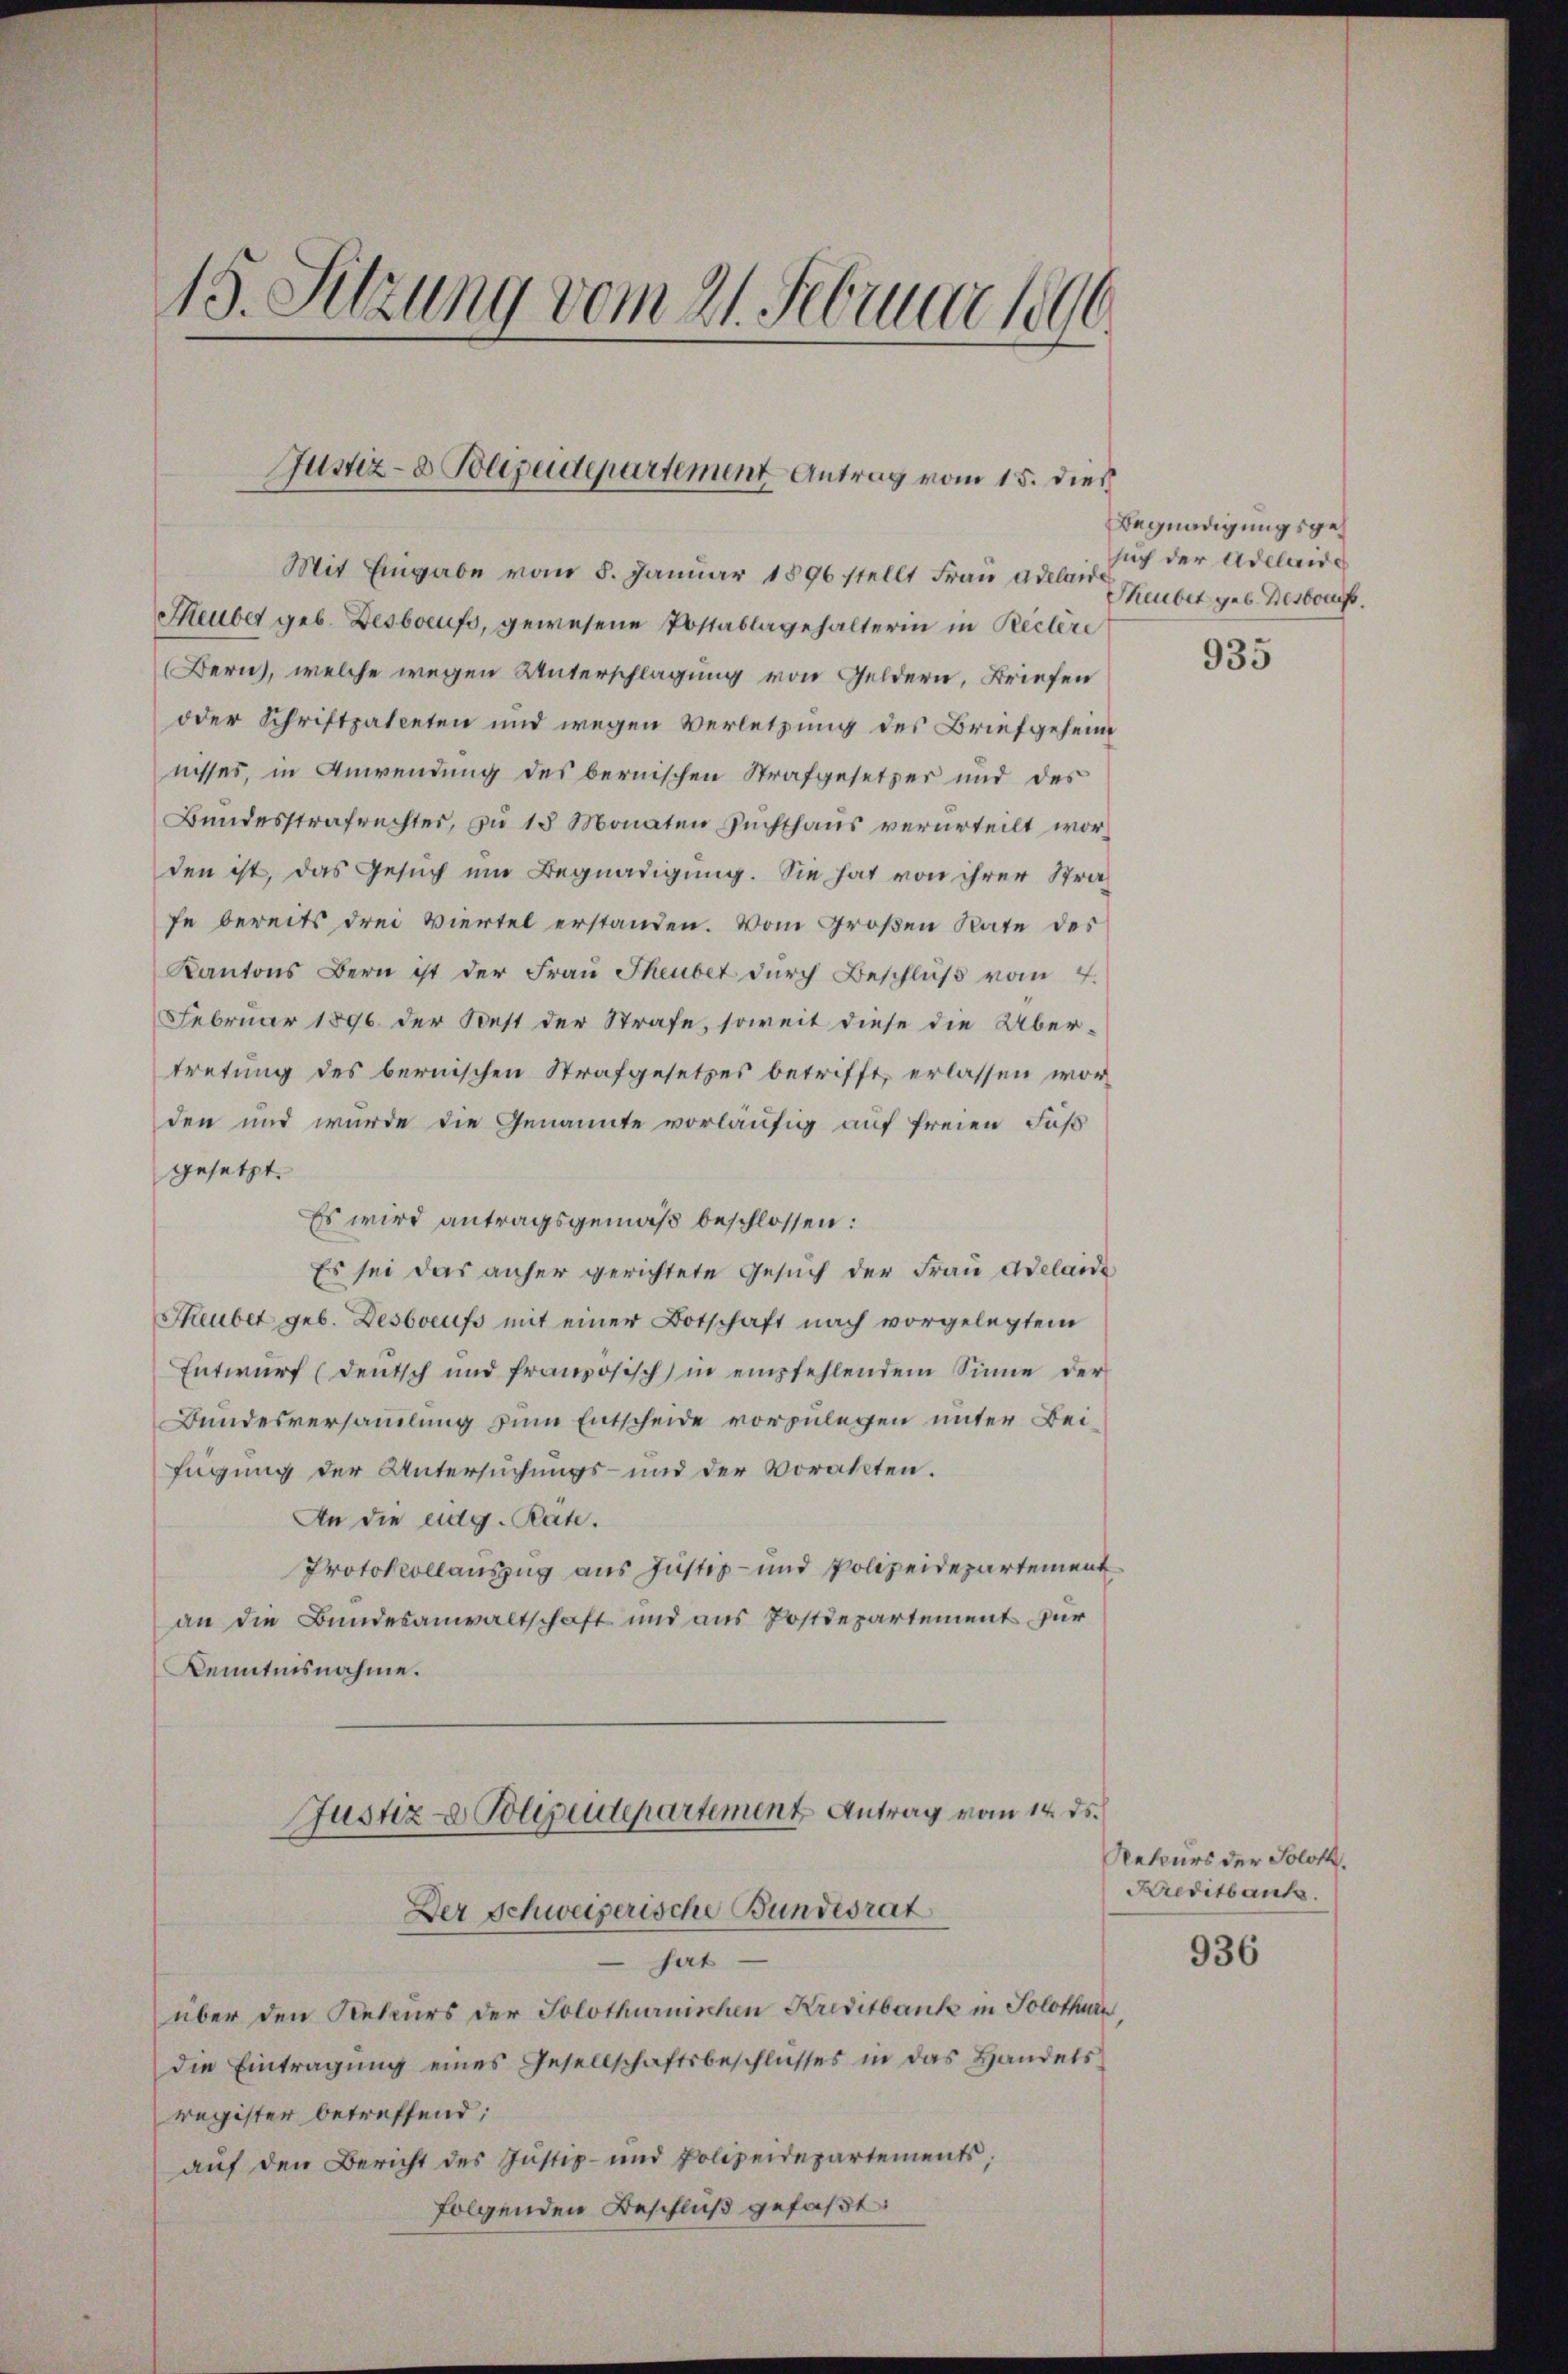
15. Sitzung vom 21. Februar 1890

Justiz- & Polizeidepartement Antrag vom 15. dieß

Mit Eingabe vom 8. Januar 1896 stellt Frau Adelis der Adelaide
Heuber geb. Desboeufs, gewesene Postablagehalterin in Rectire
Bern, welche wegen Unterschlagung von Geldern, Briefen
oder Schriftpatenten und wegen Verletzung des Briefgeheim
nisses, in Anwendung des bernischen Strafgesetzer und des
Bundesstrafrechter, zu 18 Monaten Zuchthaus verurteilt worden ist, das Gesuch ein Begnadigung. Sie hat von ihrer Strafe bereits drei Viertel erstanden. Vom Großen Rate des
Kantons Bern ist der Frau Theuber dŭrch Beschlŭβ vom 4.
Februar 1896 der Best der Strafe, soweit diese die Übertretung des bernischen Strafgesetzes betrifft, erlassen worden und wurde die Genannte vorläufig auf freien Fuß
gesetzt.
Es wird antragsgemäß beschlossen:
Es sei das anher gerichtete Gesuch der Frau Adelaide
Teubet geb. Desboeuss mit einer Botschaft nach vorgelegtem
Entwurf (deutsch und französisch) in empfehlendem Sinne der
Bundesversammlung zum Entscheide vorzulegen unter Beifügung der Untersuchungs- und der Vorakten.
An die eidg. Räte.
Protokollauszug aus Justiz- und Polizeidepartement
an die Bundesanwaltschaft und aus Postdepartement für
Kenntnisnahme.
Justiz- & Polizeidepartement Antrag vom 14. ds.

Der Schweizerische Bundesrat

hat.
über den Rekurs der Solothurnischen Kreditbank in Solothurn
die Eintragŭng eines Gesellschaftsbeschlusses in das Handels
register betreffend;
auf den Bericht des Justiz- und Polizeidepartements,
folgenden Beschluß gefaßt:

Begnadigungsge¬
Theubet geb. Destorf.

935

Retours der Soloth.
Kreditbank.

936